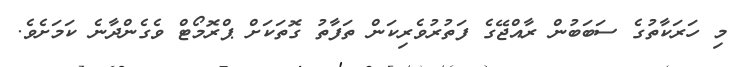
މި ހަރަކާތުގެ ސަބަބުން ރާއްޖޭގެ ފަތުރުވެރިކަން ތަފާތު ގޮތަކަށް ޕްރޮމޯޓް ވެގެންދާނެ ކަމަށެވެ.